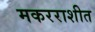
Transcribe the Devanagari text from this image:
मकरराशीत